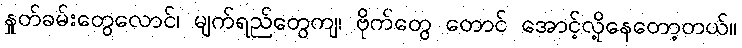
နှုတ်ခမ်းတွေလောင်၊ မျက်ရည်တွေကျ၊ ဗိုက်တွေ တောင် အောင့်လို့နေတော့တယ်။